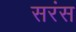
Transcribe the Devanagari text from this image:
सरंस